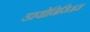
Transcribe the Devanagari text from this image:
डायोनिसिअस